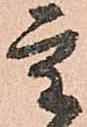
重